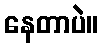
နေတာပဲ။